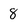
Character: 8